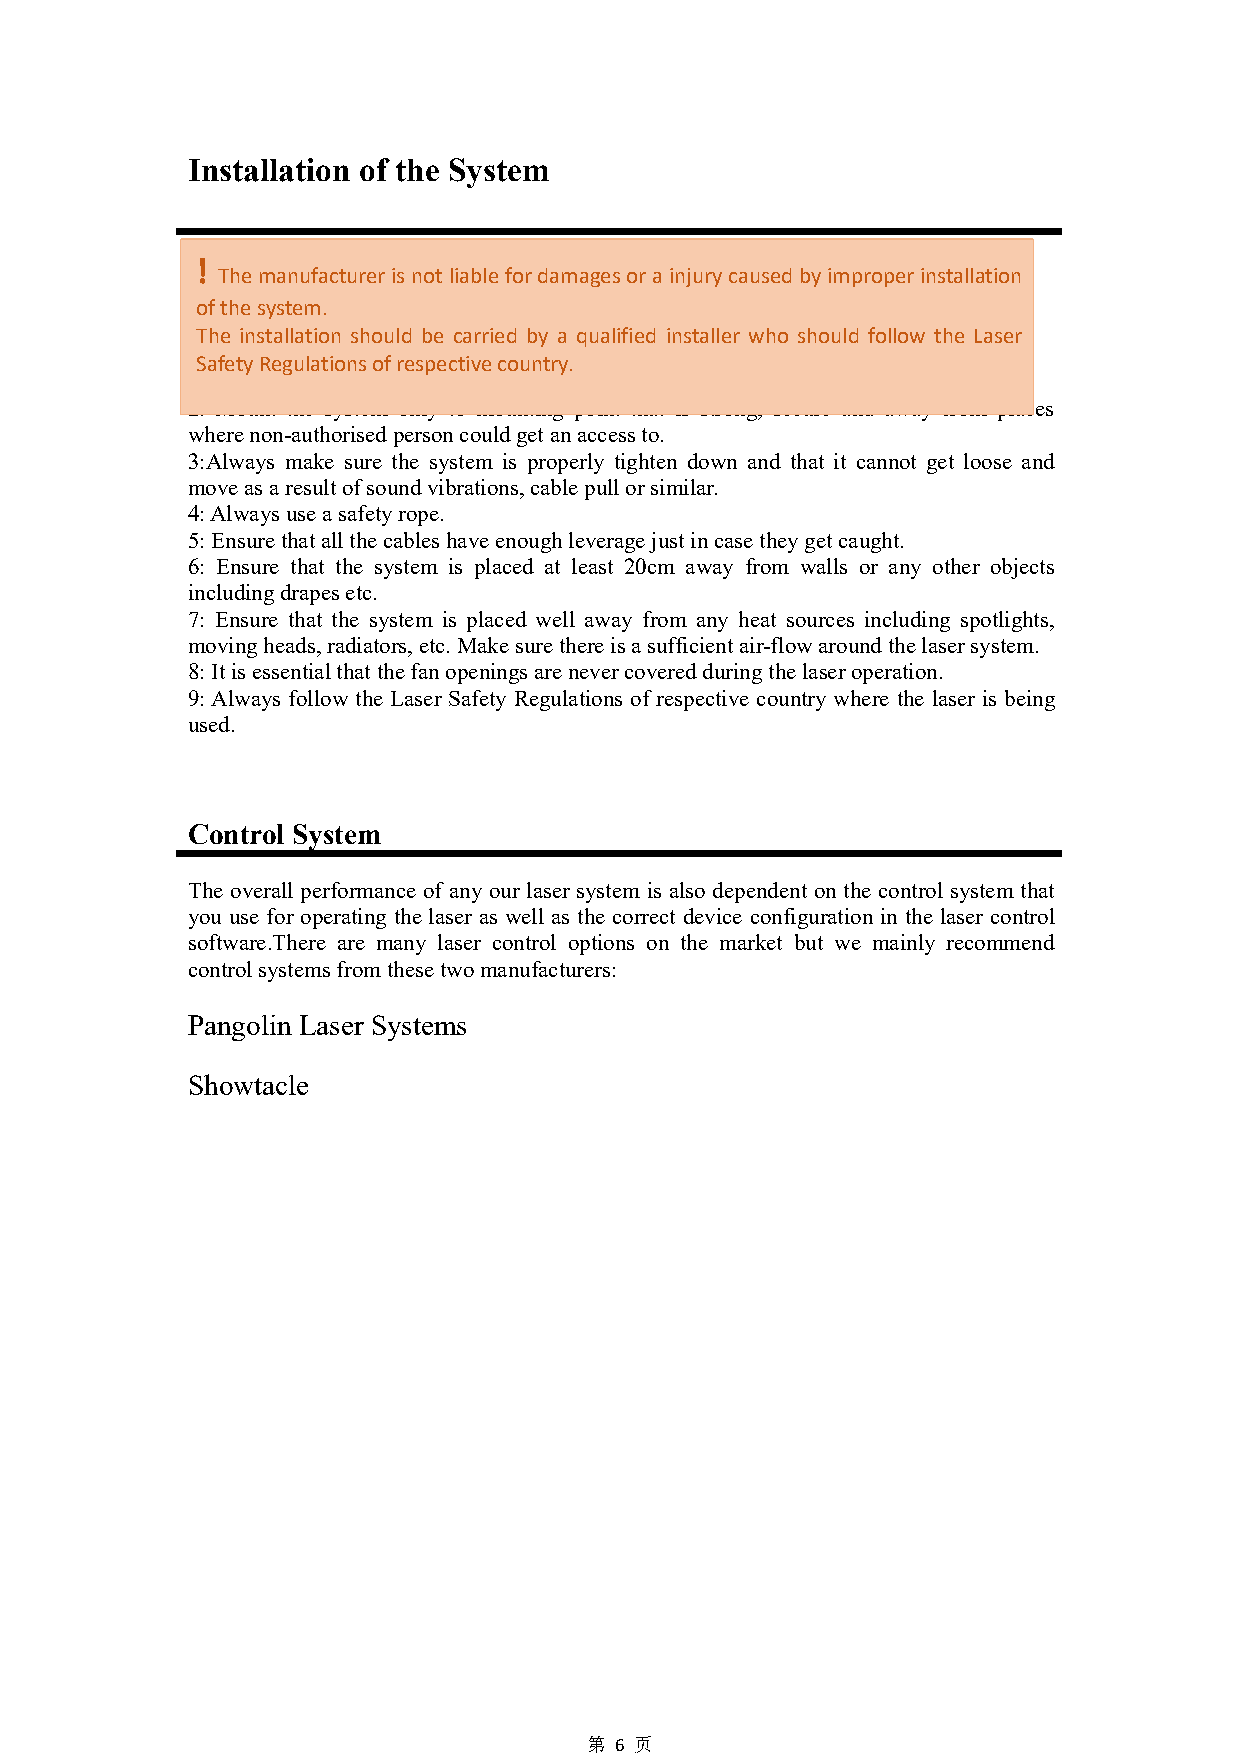
Installation of the System
 !
 Themanufacturerisnotliablefordamagesorainjurycausedbyimproperinstallation
 ofthesystem.
 The installation should be carried by a qualified installer who should follow the Laser
 Pleasefollowtheserulesduringtheinstallation:
 SafetyRegulationsofrespectivecountry.
 1:Donotconnectthedevicetopowersupplyduringtheinstallation.
 2: Mount the system only to mounting point that is strong, secure and away from places
 wherenon-authorisedpersoncouldgetanaccessto.
 3:Always make sure the system is properly tighten down and that it cannot get loose and
 moveasaresultofsoundvibrations,cablepullorsimilar.
 4:Alwaysuseasafetyrope.
 5:Ensurethatallthecableshaveenoughleveragejustincasetheygetcaught.
 6: Ensure that the system is placed at least 20cm away from walls or any other objects
 includingdrapesetc.
 7: Ensure that the system is placed well away from any heat sources including spotlights,
 movingheads,radiators,etc.Makesurethereisasufficientair-flowaroundthelasersystem.
 8:Itisessentialthatthefanopeningsarenevercoveredduringthelaseroperation.
 9:Always follow the Laser Safety Regulations of respective country where the laser is being
 used.
 Control System
 The overall performance of any our laser system is also dependent on the control system that
 you use for operating the laser as well as the correct device configuration in the laser control
 software.There are many laser control options on the market but we mainly recommend
 controlsystemsfromthesetwomanufacturers:
 Pangolin Laser Systems
 Showtacle
 第 6 页